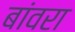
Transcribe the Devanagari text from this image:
बांवरा